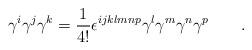
LaTeX: \begin{align*}\gamma ^{i}\gamma ^{j}\gamma ^{k}=\frac{1}{4!}\epsilon ^{ijklmnp}\gamma^{l}\gamma ^{m}\gamma ^{n}\gamma ^{p}\qquad .\end{align*}